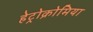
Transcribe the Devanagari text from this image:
हेट्रोक्रोमिया